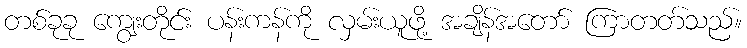
တစ်ခုခု ကျွေးတိုင်း ပန်းကန်ကို လှမ်းယူဖို့ အချိန်အတော် ကြာတတ်သည်။